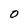
Character: 0